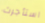
استأجرت